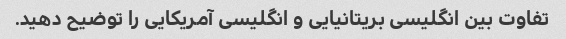
تفاوت بین انگلیسی بریتانیایی و انگلیسی آمریکایی را توضیح دهید.